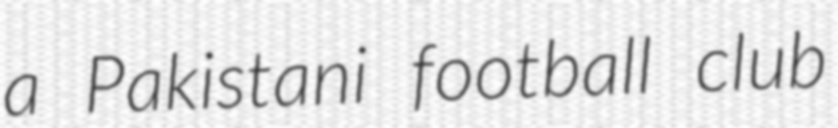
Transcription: a Pakistani football club